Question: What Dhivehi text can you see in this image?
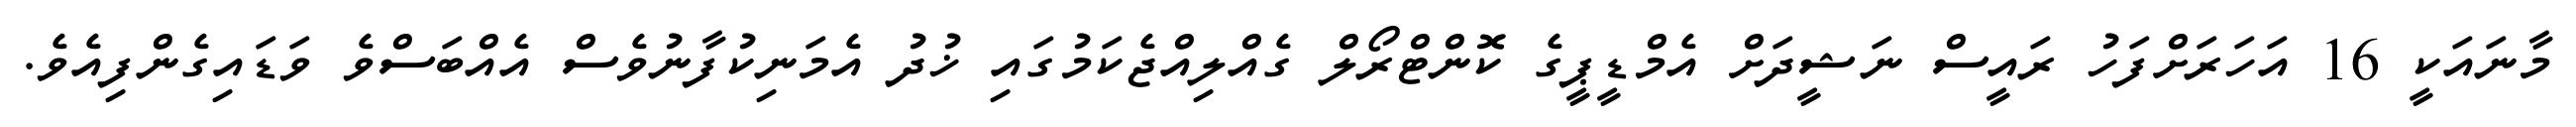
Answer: މާނައަކީ 16 އަހަރަށްފަހު ރައީސް ނަޝީދަށް އެމްޑީޕީގެ ކޮންޓްރޯލް ގެއްލިއްޖެކަމުގައި ޚުދު އެމަނިކުފާނުވެސް އެއްބަސްވެ ވަޑައިގެންފިއެވެ.